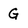
Character: G